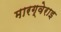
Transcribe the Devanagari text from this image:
मारग्वेराइ